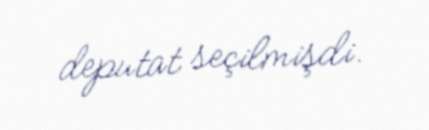
deputat seçilmişdi.